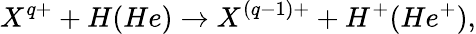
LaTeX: X^{q+}+H(He)\rightarrow X^{(q-1)+}+H^{+}(He^{+}),